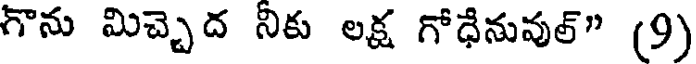
గొను మిచ్చెద నీకు లక్ష గోధేనువుల్" (9)